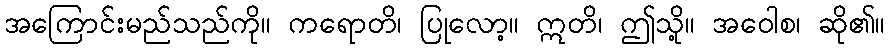
အကြောင်းမည်သည်ကို။ ကရောတိ၊ ပြုလော့။ ဣတိ၊ ဤသို့။ အဝေါစ၊ ဆို၏။